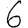
Digit: 6